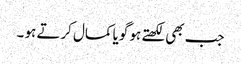
جب بھی لکھتے ہو گویا کمال کرتے ہو ۔